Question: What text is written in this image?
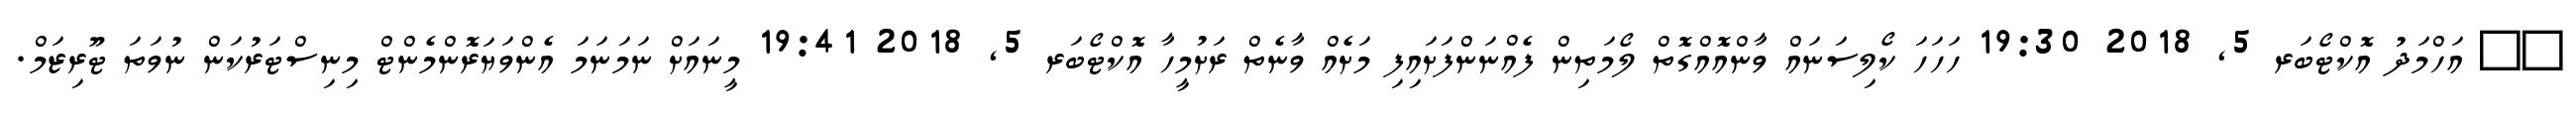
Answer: ?? އަހްމަދު އޮކްޓޯބަރ 5, 2018 19:30 ހަހަހަ ކޯލިސަނައް ވާންއޮއްގޮތް ލޯމަތިން ފެއްނަންފަށައިފި މަށެއް ވާނެތް ރަށުމީހާ އޮކްޓޯބަރ 5, 2018 19:41 މީނައަށް ނަމަނަމަ އެންވަޔަރޮންމެންޓް މިނިސްޓަރުކަން ނުވަތަ ޓޫރިޒަމް.